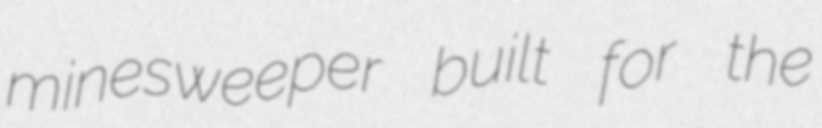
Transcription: minesweeper built for the